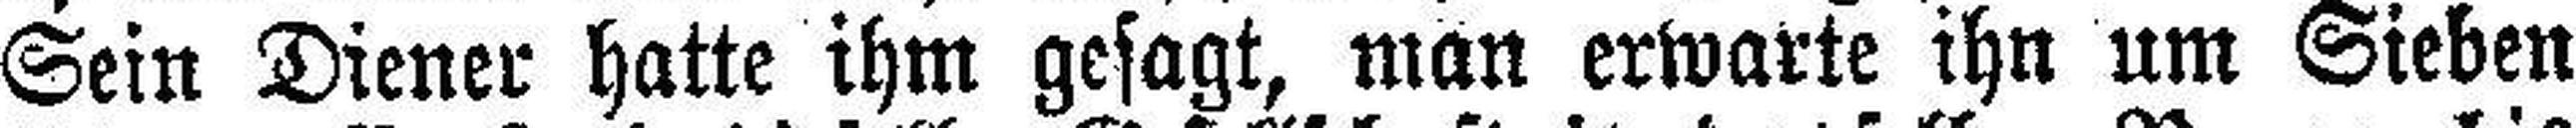
Sein Diener hatte ihm gesagt, man erwarte ihn um Sieben